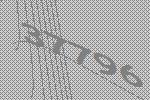
37796